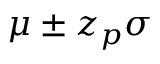
\mu \pm z _ { p } \sigma